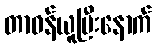
တာဝန်ယူပြီးနောက်